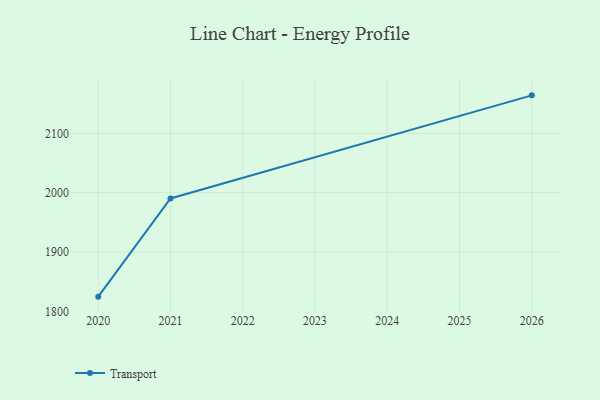
{"axis": {"x": "Year", "y": "Customer Acquisition Cost (USD)"}, "legend": ["Transport"], "data": [{"x": "2026", "y": 2164.0, "type": "Transport"}, {"x": "2021", "y": 1990.2, "type": "Transport"}, {"x": "2020", "y": 1824.8, "type": "Transport"}]}